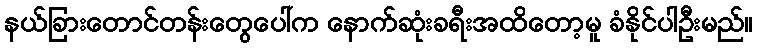
နယ်ခြားတောင်တန်းတွေပေါ်က နောက်ဆုံးခရီးအထိတော့မူ ခံနိုင်ပါဦးမည်။